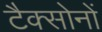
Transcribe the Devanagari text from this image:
टैक्सोनों